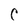
Character: C